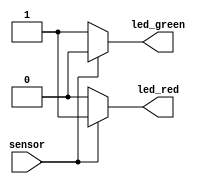
module vaga (sensor, led_green, led_red);

input sensor;
output reg led_green;
output reg led_red;

reg[2:0] contador = 3'b000;
 
always@(*) begin
	//reset = 0;
	if(~sensor)begin
	//	reset = 1;
		led_green = 1'b1;
		led_red = 1'b0; 
		if(contador > 3'b000) begin
			contador = contador - 1; end
	end
	else begin
		led_green = 1'b0;
		led_red = 1'b1;
		if(contador < 3'b110) begin
			contador = contador + 1; end
	end
		
end 
endmodule